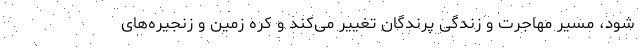
شود، مسیر مهاجرت و زندگی پرندگان تغییر می‌کند و کره زمین و زنجیره‌های